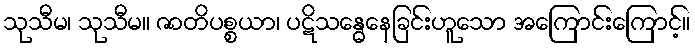
သုသီမ၊ သုသီမ။ ဇာတိပစ္စယာ၊ ပဋိသန္ဓေနေခြင်းဟူသော အကြောင်းကြောင့်။